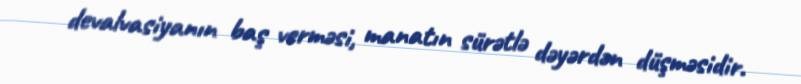
devalvasiyanın baş verməsi, manatın sürətlə dəyərdən düşməsidir.